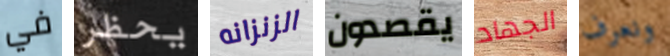
في يحظر الزنزانه يقصدون الجهاد ونعرف